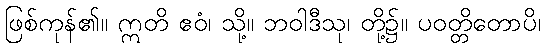
ဖြစ်ကုန်၏။ ဣတိ ဧဝံ၊ သို့။ ဘဝါဒီသု၊ တို့၌။ ပဝတ္တိတောပိ၊